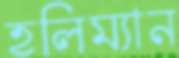
হলিম্যান